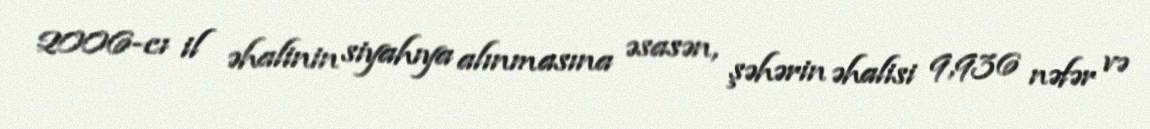
2006-cı il əhalinin siyahıya alınmasına əsasən, şəhərin əhalisi 9,936 nəfər və